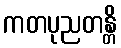
ကတပုညတန္တိ